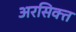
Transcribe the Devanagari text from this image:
अरसिक्त